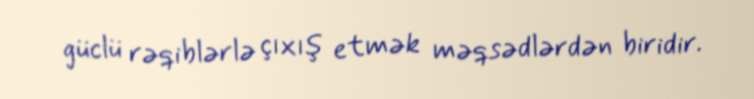
güclü rəqiblərlə çıxış etmək məqsədlərdən biridir.